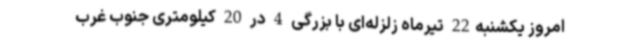
امروز یکشنبه22 تیرماه زلزله‌ای با بزرگی 4 در 20 کیلومتری جنوب غرب